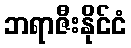
ဘရာဇီးနိုင်ငံ